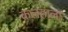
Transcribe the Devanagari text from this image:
कलहाला